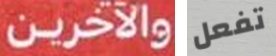
والآخرين تفعل